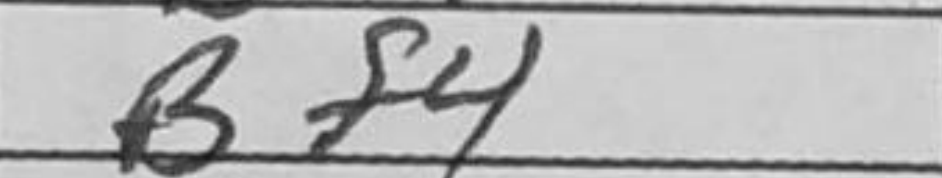
Transcription: Bf4